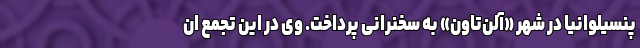
پنسیلوانیا در شهر «آلن‌تاون» به سخنرانی پرداخت. وی در این تجمع ان